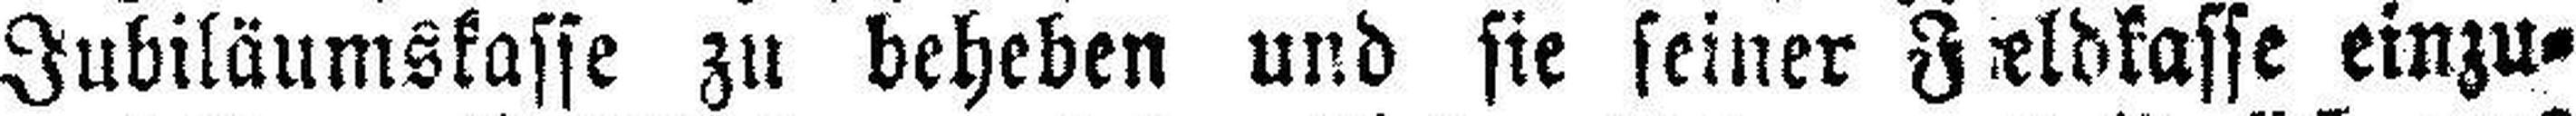
Jubiläumskasse zu beheben und sie seiner Fieldkasse einzu¬